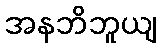
အနဘိဘူယျ